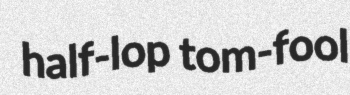
half-lop tom-fool